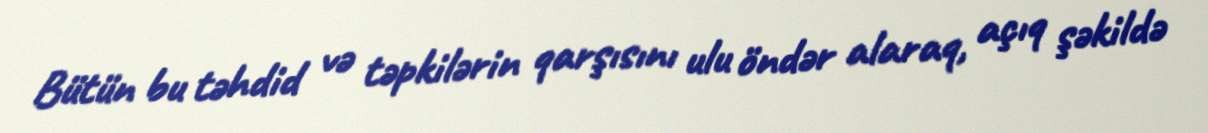
Bütün bu təhdid və təpkilərin qarşısını ulu öndər alaraq, açıq şəkildə